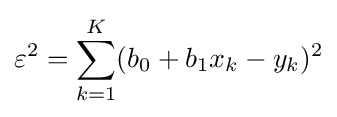
\varepsilon ^{2}=\sum _{k=1}^{K}(b_{0}+b_{1}x_{k}-y_{k})^{2}